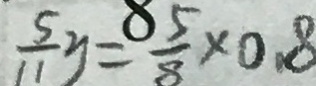
\frac { 5 } { 1 1 } y = \frac { 8 5 } { 8 } \times 0 . 8